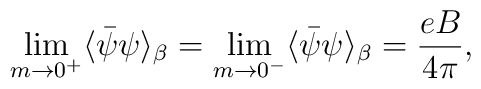
\lim_{m \rightarrow 0^+} \langle \bar {\psi} \psi \rangle_{\beta}= \lim_{m \rightarrow 0^-} \langle \bar {\psi} \psi \rangle_{\beta}=\frac {eB} {4 \pi},